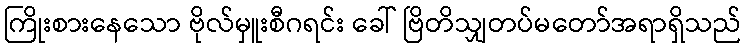
ကြိုးစားနေသော ဗိုလ်မှူးစီဂရင်း ခေါ် ဗြိတိသျှတပ်မတော်အရာရှိသည်